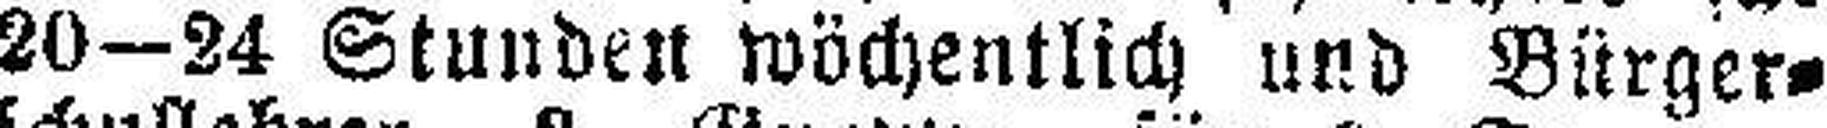
20—24 Stunden wöchentlich und Bürger¬